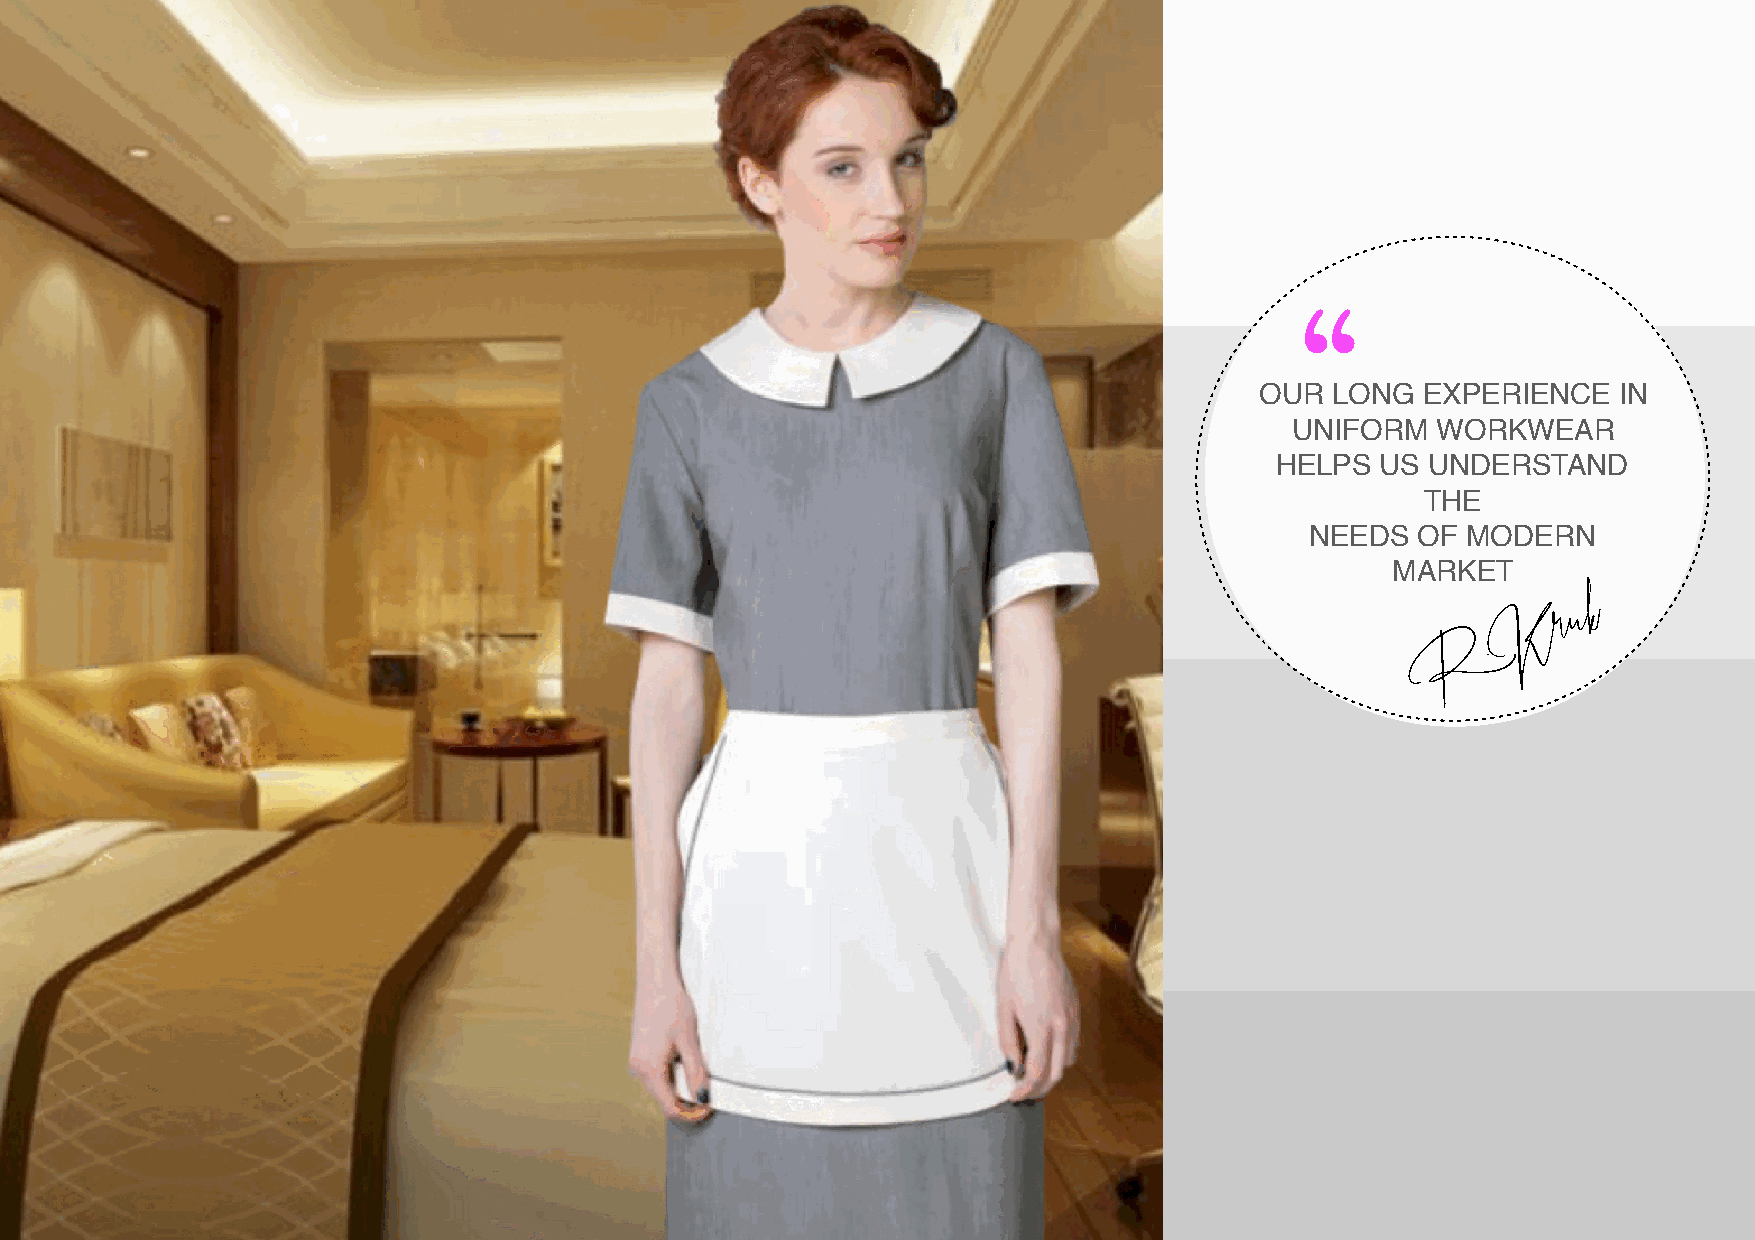
“
 OUR  LONG  EXPERIENCE   IN
 UNIFORM  WORKWEAR
 HELPS  US  UNDERSTAND
 THE
 NEEDS  OF MODERN
 MARKET
 K   r u k
 R.